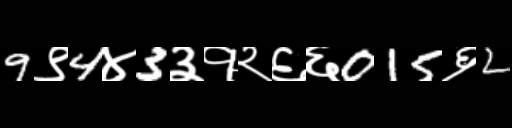
Text: 9९4४3३१२६६015६2